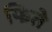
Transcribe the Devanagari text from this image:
फिते